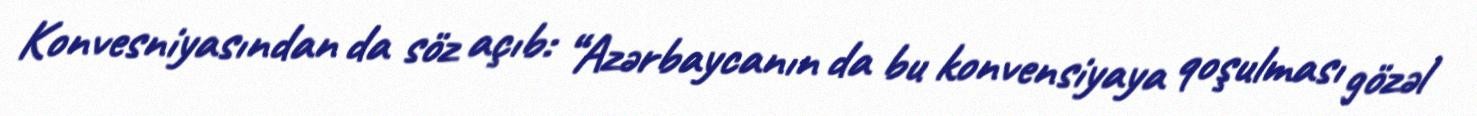
Konvesniyasından da söz açıb: “Azərbaycanın da bu konvensiyaya qoşulması gözəl